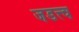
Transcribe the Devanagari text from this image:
जडत्त्व